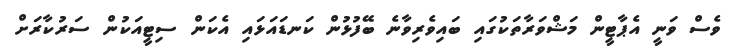
ވެސް ވަނީ އެޕާޓީން މަޝްވަރާތަކުގައި ބައިވެރިވާނެ ބޭފުޅުން ކަނޑައަޅައި އެކަން ސިޓީއަކުން ސަރުކާރަށް